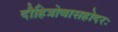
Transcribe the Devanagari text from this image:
दौहित्रोवासहोदरः